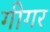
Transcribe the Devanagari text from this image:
गीगर